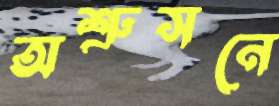
অশ্রুসনে